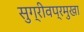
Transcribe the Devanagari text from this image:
सुग्रीवप्रमुखा